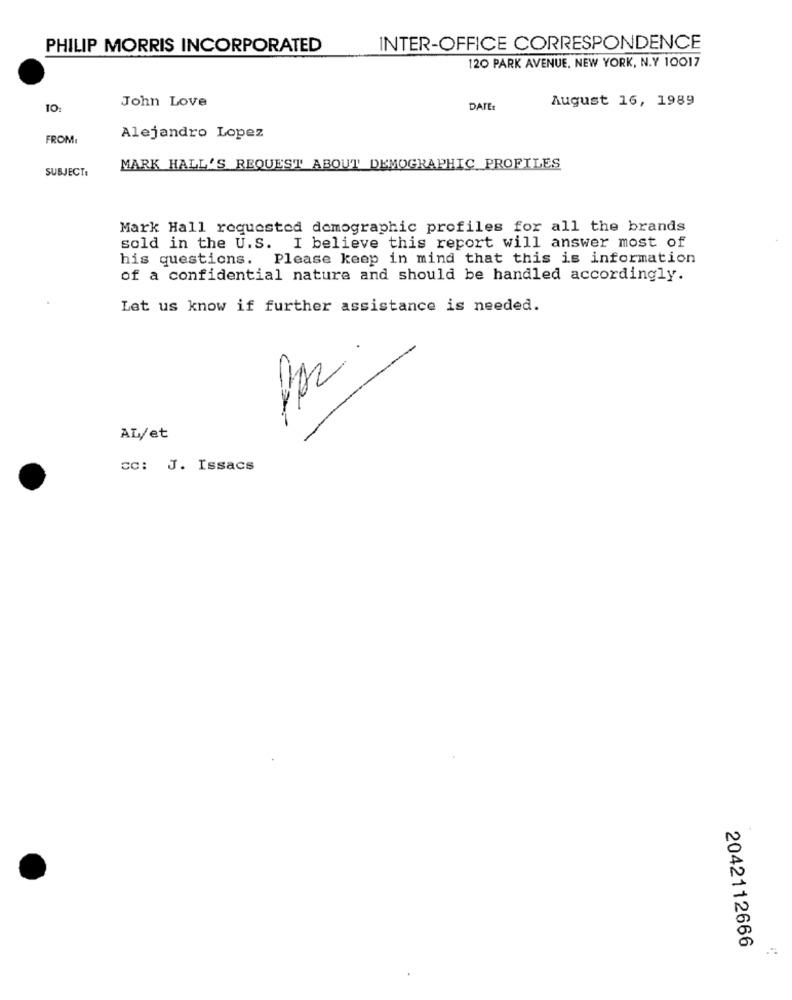
PHILIP MORRIS INCORPORATED
INTER-OFFICE CORRESPONDENCE
120 PARK AVENUE, NEW YORK, N.Y 10017
John Love
August 16, 1989
10:
DATE:
FROM
Alejandro Lopez
SUBJECT:
MARK HALL'S REQUEST ABOUT DEMOGRAPHIC PROFILES
Mark Hall requested demographic profiles for all the brands
sold in the U.S. I believe this report will answer most of
his questions. Please keep in mind that this is information
of a confidential nature and should be handled accordingly.
Let us know if further assistance is needed.
AL/et
cc: J. Issacs
2042112666